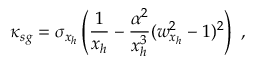
\kappa _ { s g } = \sigma _ { x _ { h } } \left( \frac { 1 } { x _ { h } } - \frac { \alpha ^ { 2 } } { x _ { h } ^ { 3 } } ( w _ { x _ { h } } ^ { 2 } - 1 ) ^ { 2 } \right) \ ,